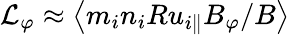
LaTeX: \mathcal{L}_{\varphi}\approx\left\langle{m_{i}n_{i}Ru_{i\parallel}B_{\varphi}/B}\right\rangle